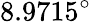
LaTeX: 8.9715^{\circ}